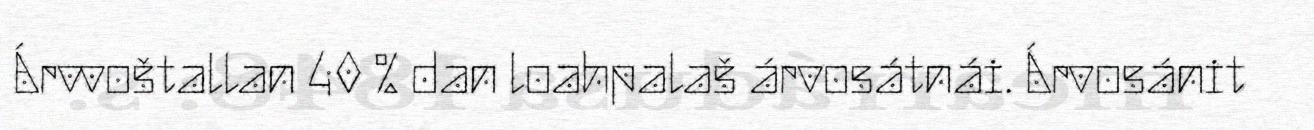
Árvvoštallan 40 % dan loahpalaš árvosátnái. Árvosánit